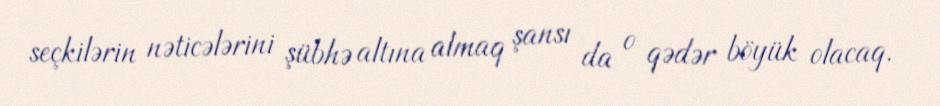
seçkilərin nəticələrini şübhə altına almaq şansı da o qədər böyük olacaq.